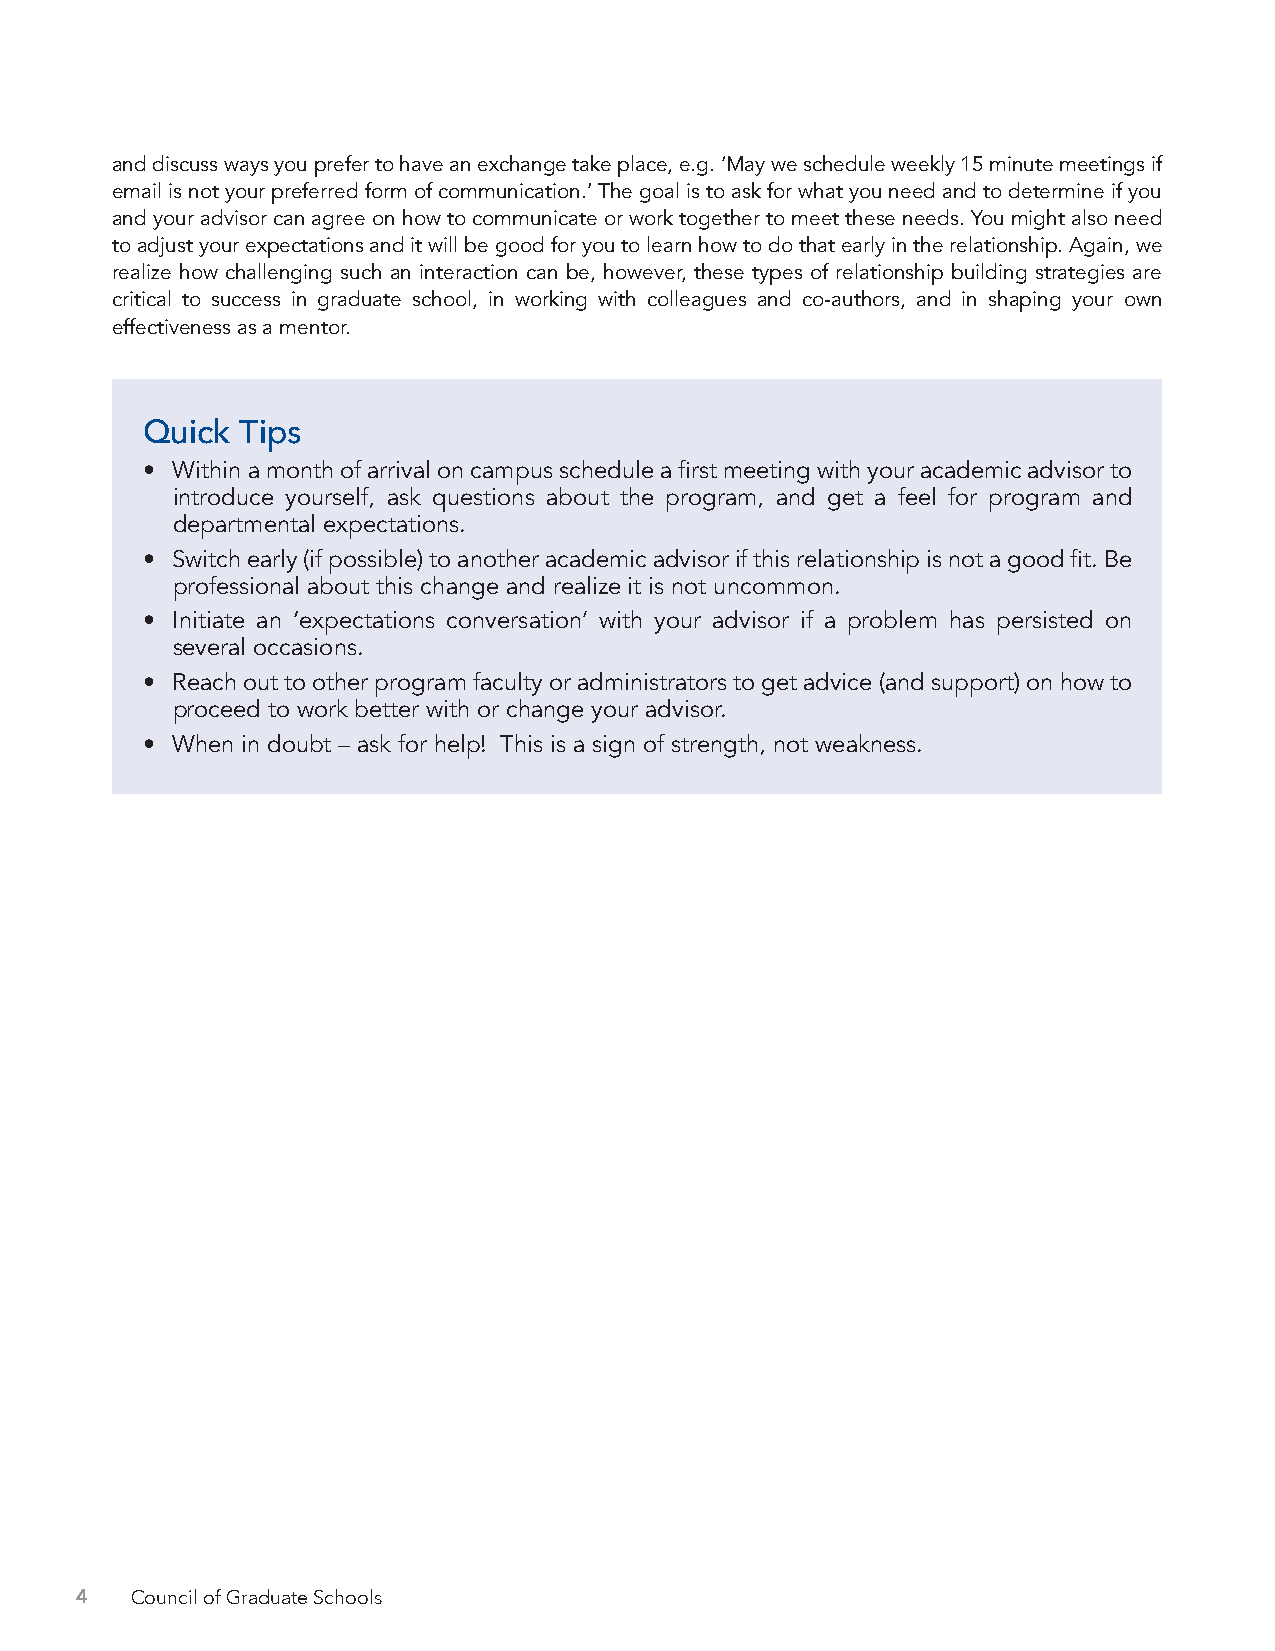
and discuss ways you prefer to have an exchange take place, e.g. ‘May we schedule weekly 15 minute meetings if
 email is not your preferred form of communication.’ The goal is to ask for what you need and to determine if you
 and your advisor can agree on how to communicate or work together to meet these needs. You might also need
 to adjust your expectations and it will be good for you to learn how to do that early in the relationship. Again, we
 realize how challenging such an interaction can be, however, these types of relationship building strategies are
 critical to success in graduate school, in working with colleagues and co-authors, and in shaping your own
 effectiveness as a mentor.
 Quick  Tips
 • Within a month of arrival on campus schedule a first meeting with your academic advisor to
 introduce yourself, ask questions about the program, and get a feel for program and
 departmental expectations.
 • Switch early (if possible) to another academic advisor if this relationship is not a good fit. Be
 professional about this change and realize it is not uncommon.
 • Initiate an ‘expectations conversation’ with your advisor if a problem has persisted on
 several occasions.
 • Reach out to other program faculty or administrators to get advice (and support) on how to
 proceed to work better with or change your advisor.
 • When in doubt – ask for help! This is a sign of strength, not weakness.
 4   Council of Graduate Schools